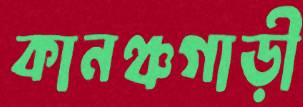
কানঞ্চগাড়ী